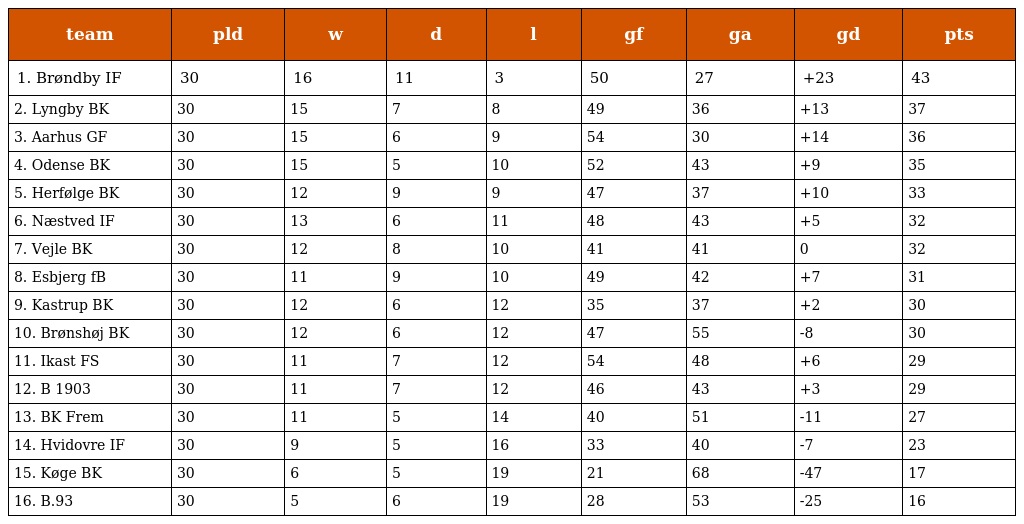
| team | pld | w | d | l | gf | ga | gd | pts |
 | --- | --- | --- | --- | --- | --- | --- | --- | --- |
 | 1. Brøndby IF | 30 | 16 | 11 | 3 | 50 | 27 | +23 | 43 |
 | 2. Lyngby BK | 30 | 15 | 7 | 8 | 49 | 36 | +13 | 37 |
 | 3. Aarhus GF | 30 | 15 | 6 | 9 | 54 | 30 | +14 | 36 |
 | 4. Odense BK | 30 | 15 | 5 | 10 | 52 | 43 | +9 | 35 |
 | 5. Herfølge BK | 30 | 12 | 9 | 9 | 47 | 37 | +10 | 33 |
 | 6. Næstved IF | 30 | 13 | 6 | 11 | 48 | 43 | +5 | 32 |
 | 7. Vejle BK | 30 | 12 | 8 | 10 | 41 | 41 | 0 | 32 |
 | 8. Esbjerg fB | 30 | 11 | 9 | 10 | 49 | 42 | +7 | 31 |
 | 9. Kastrup BK | 30 | 12 | 6 | 12 | 35 | 37 | +2 | 30 |
 | 10. Brønshøj BK | 30 | 12 | 6 | 12 | 47 | 55 | -8 | 30 |
 | 11. Ikast FS | 30 | 11 | 7 | 12 | 54 | 48 | +6 | 29 |
 | 12. B 1903 | 30 | 11 | 7 | 12 | 46 | 43 | +3 | 29 |
 | 13. BK Frem | 30 | 11 | 5 | 14 | 40 | 51 | -11 | 27 |
 | 14. Hvidovre IF | 30 | 9 | 5 | 16 | 33 | 40 | -7 | 23 |
 | 15. Køge BK | 30 | 6 | 5 | 19 | 21 | 68 | -47 | 17 |
 | 16. B.93 | 30 | 5 | 6 | 19 | 28 | 53 | -25 | 16 |